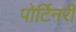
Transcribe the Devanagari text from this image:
पोर्टिनरी